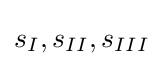
{{s}_{I}},{{s}_{II}},{{s}_{III}}